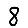
Digit: 8